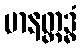
မာနတ္ထဒ္ဓံ